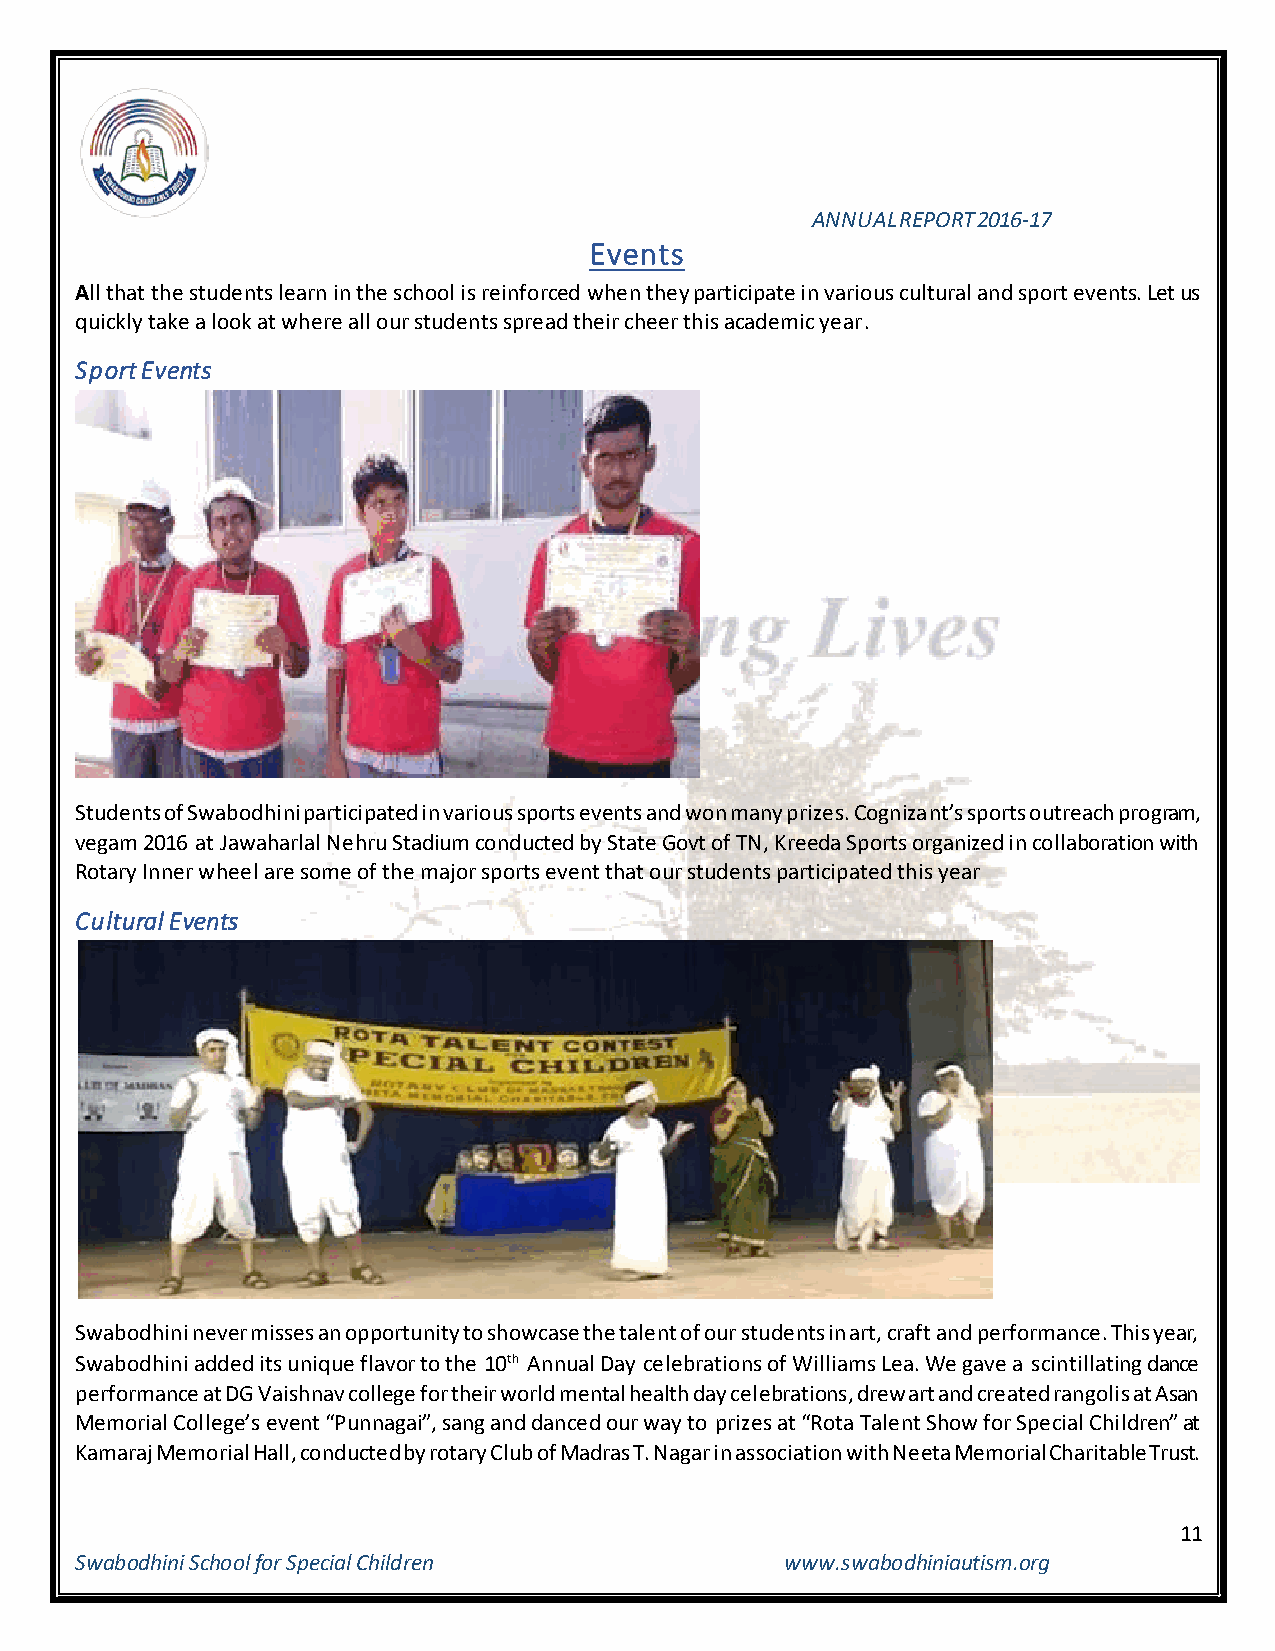
ANNUAL REPORT 2016-17
 Events
 All that the students learn in the school is reinforced when they participate in various cultural and sport events. Let us
 quickly take a look at where all our students spread their cheer this academic year.
 Sport Events
 Students of Swabodhini participated in various sports events and won many prizes. Cognizant’s sports outreach program,
 vegam 2016 at Jawaharlal Nehru Stadium conducted by State Govt of TN, Kreeda Sports organized in collaboration with
 Rotary Inner wheel are some of the major sports event that our students participated this year
 Cultural Events
 Swabodhini never misses an opportunity to showcase the talent of our students in art, craft and performance. This year,
 Swabodhini added its unique flavor to the 10th Annual Day celebrations of Williams Lea. We gave a scintillating dance
 performance at DG Vaishnav college for their world mental health day celebrations, drew art and created rangolis at Asan
 Memorial College’s event “Punnagai”, sang and danced our way to prizes at “Rota Talent Show for Special Children” at
 Kamaraj Memorial Hall, conducted by rotary Club of Madras T. Nagar in association with Neeta Memorial Charitable Trust.
 11
 Swabodhini School for Special Children         www.swabodhiniautism.org